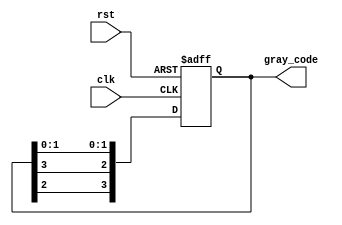
module johnson_gray_counter(
  input wire clk,
  input wire rst,
  output reg[3:0] gray_code
);

reg[3:0] q;

always @(posedge clk or posedge rst) begin
  if (rst) begin
    q <= 4'b0000;
  end else begin
    q <= {q[2], q[3], q[1], q[0]};
  end
end

assign gray_code = q;

endmodule